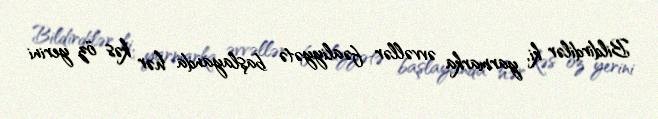
Bildirdilər ki, yarmarka əvvəllər fəaliyyətə başlayanda hər kəs öz yerini